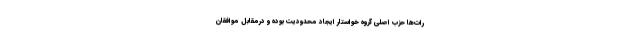
رات‌ها حزب اصلی گروه خواستار ایجاد محدودیت بوده و درمقابل موافقان